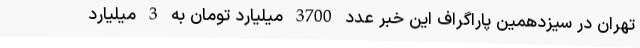
تهران در سیزدهمین پاراگراف این خبر عدد 3700 میلیارد تومان به 3 میلیارد